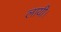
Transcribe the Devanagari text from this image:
लायी।